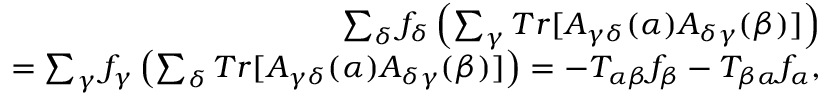
\begin{array} { r } { \sum _ { \delta } f _ { \delta } \left( \sum _ { \gamma } T r [ A _ { \gamma \delta } ( \alpha ) A _ { \delta \gamma } ( \beta ) ] \right) } \\ { = \sum _ { \gamma } f _ { \gamma } \left( \sum _ { \delta } T r [ A _ { \gamma \delta } ( \alpha ) A _ { \delta \gamma } ( \beta ) ] \right) = - T _ { \alpha \beta } f _ { \beta } - T _ { \beta \alpha } f _ { \alpha } , } \end{array}